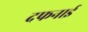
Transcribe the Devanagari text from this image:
दफनाई